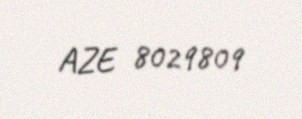
AZE 8029809